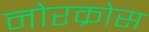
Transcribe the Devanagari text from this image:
नोरक्रोस